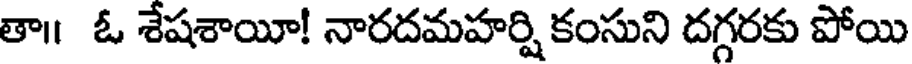
తా ఓ శేషశాయీ! నారదమహర్షి కంసుని దగ్గరకు పోయి